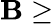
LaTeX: \mathbf{B}\geq